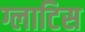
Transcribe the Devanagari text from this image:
ग्लाटिस